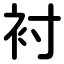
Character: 衬